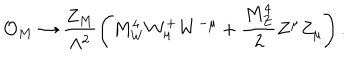
{ \cal O } _ { M } \rightarrow \frac { Z _ { M } } { \Lambda ^ { 2 } } \left( M _ { W } ^ { 4 } W _ { \mu } ^ { + } W ^ { - \mu } + \frac { M _ { Z } ^ { 4 } } { 2 } Z ^ { \mu } Z _ { \mu } \right) .